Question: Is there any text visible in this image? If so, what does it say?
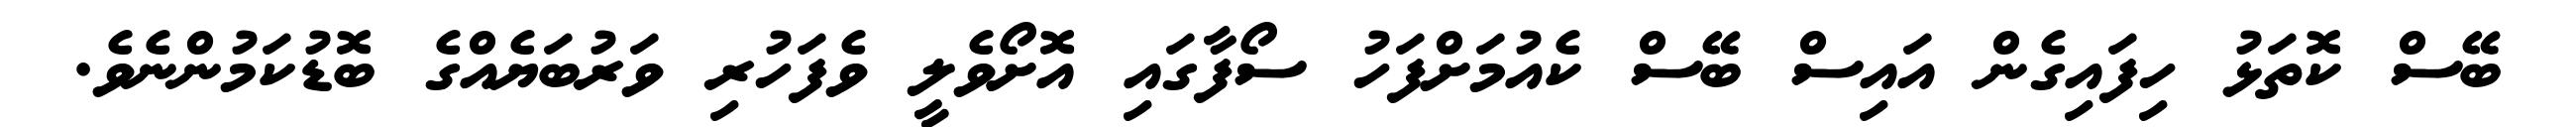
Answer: ބޭސް ކޮތަޅު ހިފައިގެން އައިސް ބޭސް ކެއުމަށްފަހު ސޯފާގައި އޮށޯވެލީ ވެފަހުރި ވަރުބަޔެއްގެ ބޮޑުކަމުންނެވެ.